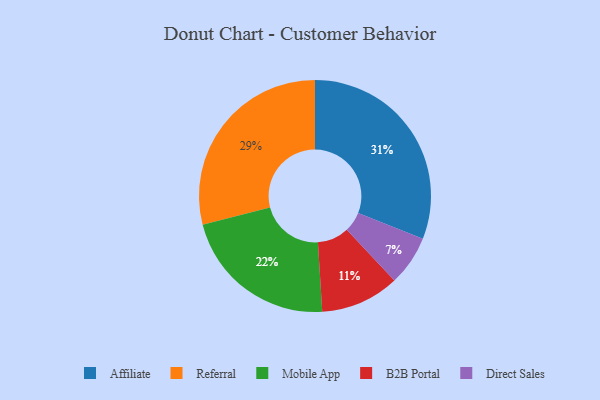
{"axis": {"x": "Category", "y": "Percentage"}, "legend": ["Affiliate", "B2B Portal", "Direct Sales", "Mobile App", "Referral"], "data": [{"x": "Affiliate", "y": 31, "type": "Affiliate"}, {"x": "Referral", "y": 29, "type": "Referral"}, {"x": "Mobile App", "y": 22, "type": "Mobile App"}, {"x": "B2B Portal", "y": 11, "type": "B2B Portal"}, {"x": "Direct Sales", "y": 7, "type": "Direct Sales"}]}